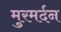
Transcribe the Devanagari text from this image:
मुरमर्दन